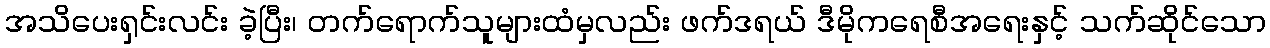
အသိပေးရှင်းလင်း ခဲ့ပြီး၊ တက်ရောက်သူများထံမှလည်း ဖက်ဒရယ် ဒီမိုကရေစီအရေးနှင့် သက်ဆိုင်သော